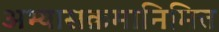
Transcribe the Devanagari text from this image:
अभ्यासक्रमानिमित्त